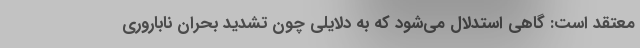
معتقد است: گاهی استدلال می‌شود که به دلایلی چون تشدید بحران ناباروری